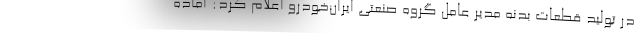
در تولید قطعات بدنه مدیر عامل گروه صنعتی ایران‌خودرو اعلام کرد: آماده